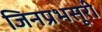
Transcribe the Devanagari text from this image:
जिनप्रभसूरी